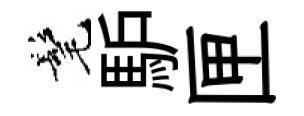
髦馿匣